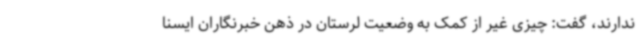
ندارند، گفت: چیزی غیر از کمک به وضعیت لرستان در ذهن خبرنگاران ایسنا